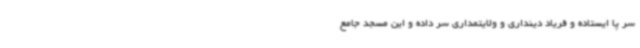
سر پا ایستاده و فریاد دینداری و ولایتمداری سر داده و این مسجد جامع